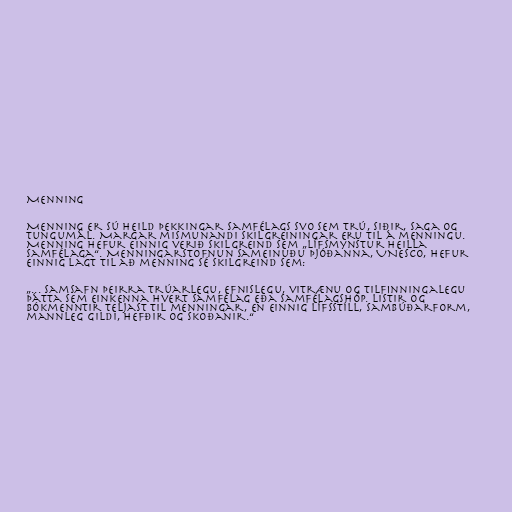
Menning

Menning er sú heild þekkingar samfélags svo sem trú, siðir, saga og
tungumál. Margar mismunandi skilgreiningar eru til á menningu.
Menning hefur einnig verið skilgreind sem „lífsmynstur heilla
samfélaga“. Menningarstofnun Sameinuðu þjóðanna, UNESCO, hefur
einnig lagt til að menning sé skilgreind sem:

„... samsafn þeirra trúarlegu, efnislegu, vitrænu og tilfinningalegu
þátta sem einkenna hvert samfélag eða samfélagshóp. Listir og
bókmenntir teljast til menningar, en einnig lífsstíll, sambúðarform,
mannleg gildi, hefðir og skoðanir.“